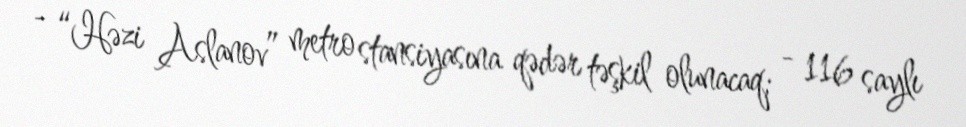
- “Həzi Aslanov” metro stansiyasına qədər təşkil olunacaq; - 116 saylı